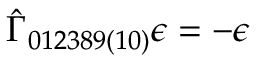
\hat { \Gamma } _ { 0 1 2 3 8 9 ( 1 0 ) } \epsilon = - \epsilon